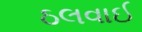
ઠલવાઈ